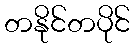
တနိုင်တပိုင်